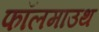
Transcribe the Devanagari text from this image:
फॉलमाउथ